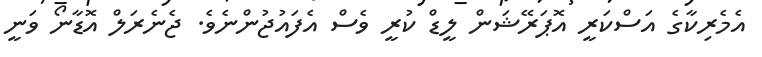
އެމެރިކާގެ އަސްކަރީ އޮޕަރޭޝަން ލީޑް ކުރީ ވެސް އެފައުޖުންނެވެ. ޖެނެރަލް އޮޑާނޯ ވަނީ